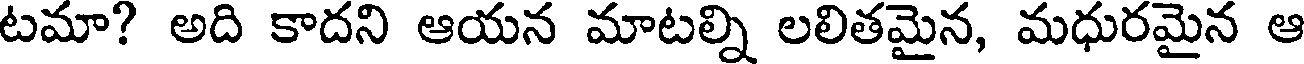
టమా? అది కాదని ఆయన మాటల్ని లలితమైన, మధురమైన ఆ